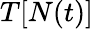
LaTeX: T[N(t)]